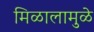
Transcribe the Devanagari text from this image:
मिळालामुळे